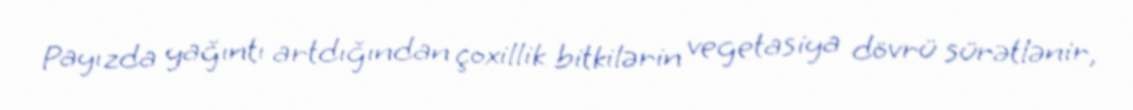
Payızda yağıntı artdığından çoxillik bitkilərin vegetasiya dövrü sürətlənir,